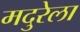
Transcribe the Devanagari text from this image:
मदुरेला